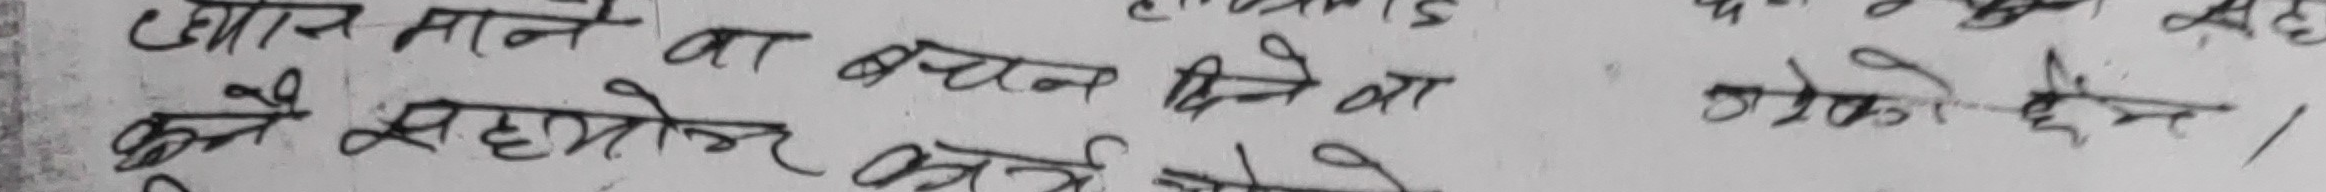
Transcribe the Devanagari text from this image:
और माने का ध्यान दिनेवा झोको देन
कुनै सहयोग गर्ने सोचे